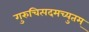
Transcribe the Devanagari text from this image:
गुरुचित्पदमच्युतम्